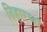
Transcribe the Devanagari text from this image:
तिहारच्या